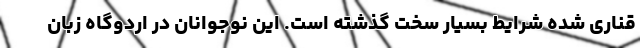
قناری شده شرایط بسیار سخت گذشته است. این نوجوانان در اردوگاه زبان